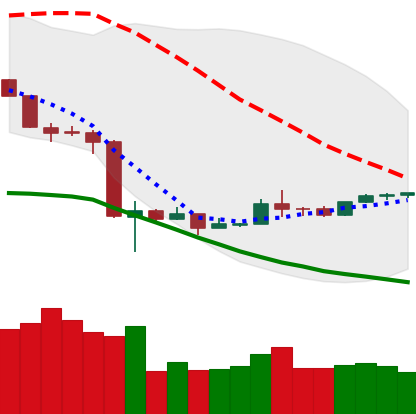
Ticker: NEO-USD
Chart end date: 2020-03-26
Forward return: -3.063%
Label: down_3_5